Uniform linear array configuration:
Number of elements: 64
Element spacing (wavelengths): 0.25
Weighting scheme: hamming
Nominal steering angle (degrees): -60
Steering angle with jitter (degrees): -61.281
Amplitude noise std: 0.05
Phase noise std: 0.05

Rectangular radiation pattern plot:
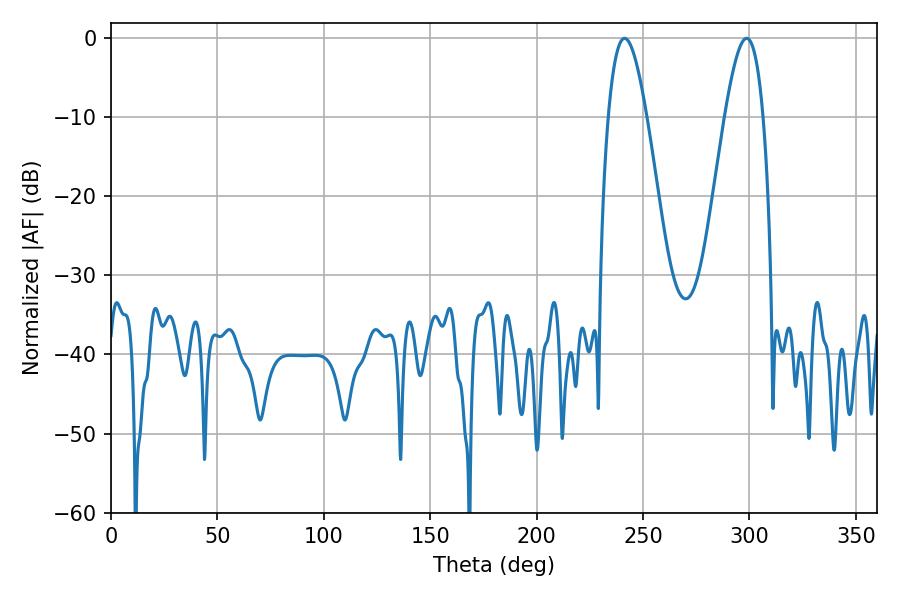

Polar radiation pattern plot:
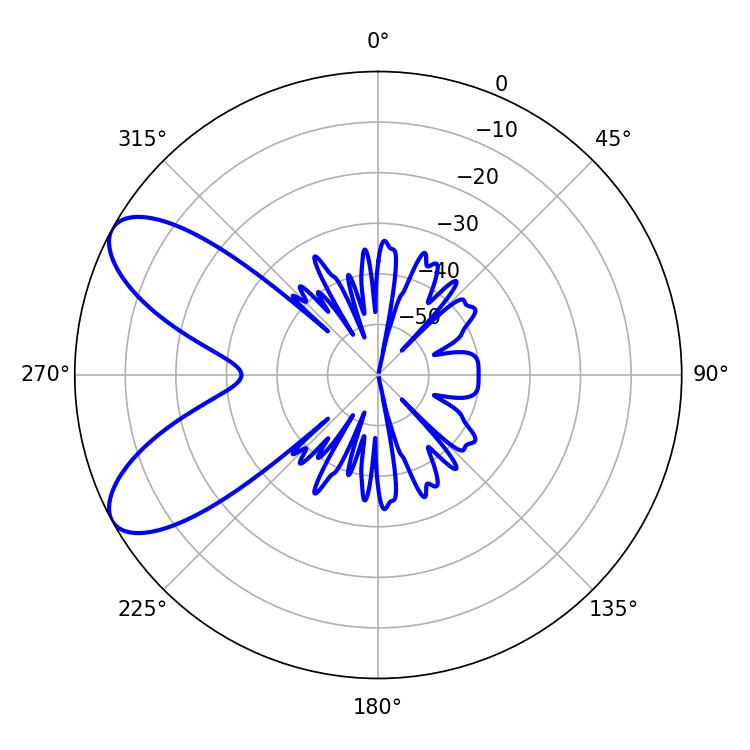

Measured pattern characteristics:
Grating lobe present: FALSE
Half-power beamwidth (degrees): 9.72
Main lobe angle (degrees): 241.38